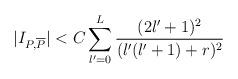
LaTeX: \begin{align*}\vert I_{P,\overline{P}}\vert < C\sum_{l'=0}^{L}{(2l'+1)^2\over (l'(l'+1)+r)^2}\end{align*}